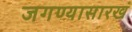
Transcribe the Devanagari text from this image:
जगण्यासारखं